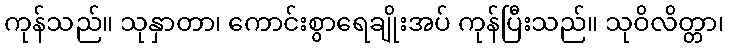
ကုန်သည်။ သုနှာတာ၊ ကောင်းစွာရေချိုးအပ် ကုန်ပြီးသည်။ သုဝိလိတ္တာ၊